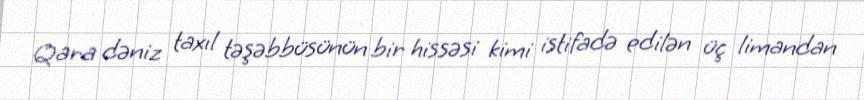
Qara dəniz taxıl təşəbbüsünün bir hissəsi kimi istifadə edilən üç limandan